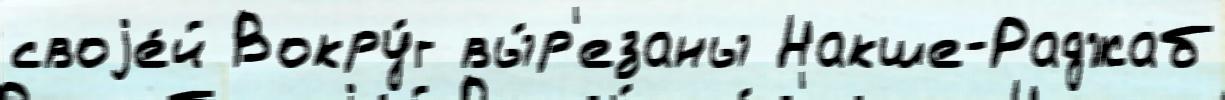
своjе́й Вокру́г вы́р'езаны Накше-Раджаб